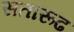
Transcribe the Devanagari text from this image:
सतारूढ